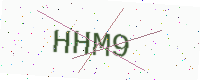
Text: HHM9